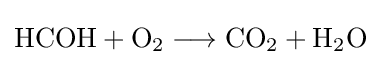
{\mathrm {HCOH} {}+{}\mathrm {O} {\vphantom {A}}_{\smash[{t}]{2}}{}\mathrel {\longrightarrow } {}\mathrm {CO} {\vphantom {A}}_{\smash[{t}]{2}}{}+{}\mathrm {H} {\vphantom {A}}_{\smash[{t}]{2}}\mathrm {O} }